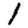
Digit: 1